system: You are a helpful assistant.
user:
Analyze the provided spectrum to determine if it is a **S-type Star**.

- **Key Indicators for S-type Star:**

    - **(Overall Spectrum Shape):** The first and most obvious characteristic is the overall continuum (the "baseline" shape). It is **extremely "red-sloping,"** meaning the flux (light intensity) is very low on the left side (blue, ~4000-4500 Å) and rises steeply and continuously toward the right side (red, ~7000 Å+).

    - **(Primary):** The spectrum is defined by the presence of strong, broad molecular absorption "valleys" (bands) from **Zirconium Oxide (ZrO)**. The identification of these bands is the **primary requirement** for classifying a star as S-type.
        - **(Key Bandheads):** You must find distinct, deep "dips" where the light has been absorbed. The most critical band systems to locate are:
            - **~6474 Å** ($\gamma$-system): This is often the strongest and clearest ZrO feature, found in the red part of the spectrum.
            - **~5718 Å** & **~5551 Å** ($\beta$-system): A pair of prominent absorption features in the yellow-orange part of the spectrum.
            - **~4640 Å** ($\alpha$-system): A key absorption band system in the blue-green region of the spectrum.

    - **(Secondary Confirmation):** The classification is strengthened by finding additional absorption bands from other related heavy element oxides, which are expected to be present alongside ZrO.
        - **(Key Bandheads):**
            - **Yttrium Oxide (YO):** Look for absorption dips near **~4800 Å** and **~6100 Å**.
            - **Lanthanum Oxide (LaO):** Additional absorption features, particularly in the red-orange part of the spectrum, are also characteristic.

    - **(Line Profile):** The combination of the steep red continuum and these numerous, deep molecular bands (ZrO, YO, etc.) gives the entire spectrum a very **"chopped-up"** or **"bumpy"** appearance. Instead of a smooth curve, the spectrum looks as though large, wide chunks of light have been "carved out" of it at the specific wavelengths listed above.

Think first, call **spectral_visualization_tool** if needed to examine features in detail, then provide your final answer. Your response must adhere to the following strict rules:
1.  **Overall Structure:** Your response must follow the format `<think>...</think> <tool_call>...</tool_call> (if a tool is used) <answer>...</answer>`.
2.  **Tool Usage Constraint:** You may only make **one** tool call per turn.
3.  **Final Answer Format:** In the `<answer>` tag, your conclusion must be inside a `\boxed{}` command (e.g., `\boxed{YES}` or `\boxed{NO}`), followed by your justification.

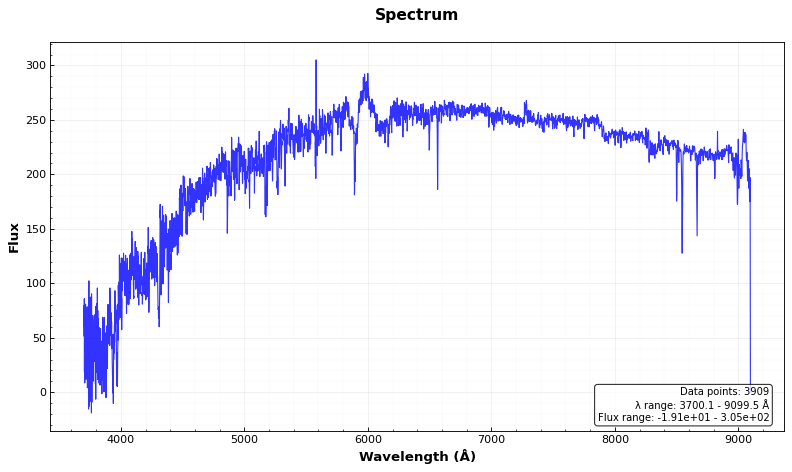
Answer: NO